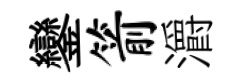
鑾箭灂